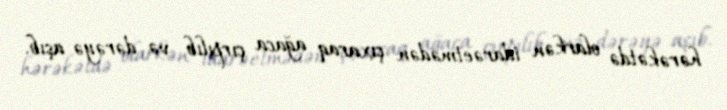
hərəkətdə olarkən idarəetmədən çıxaraq ağaca çırpılıb və dərəyə aşıb.